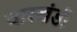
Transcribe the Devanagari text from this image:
चारखंडी